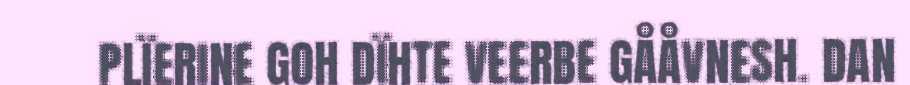
PLÏERINE GOH DÏHTE VEERBE GÅÅVNESH. DAN